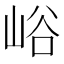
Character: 峪